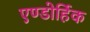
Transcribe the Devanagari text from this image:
एण्डोर्हिक